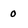
Character: o